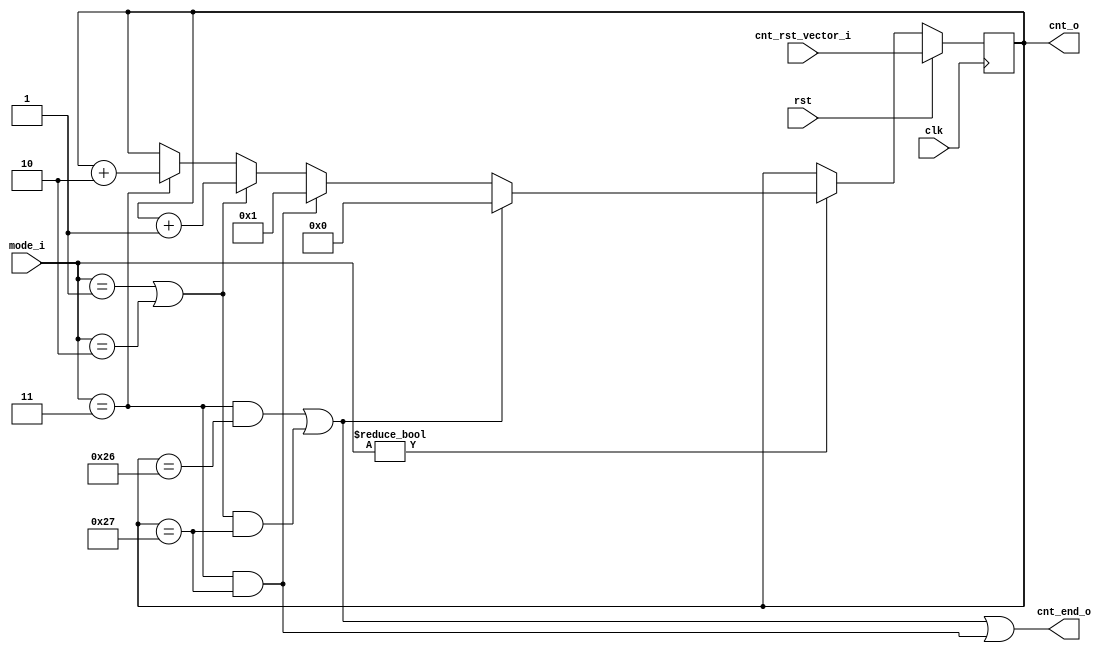
module configurable_2mode_counter#(
    parameter CNT_SIZE = 32 + 8,
    parameter CNT_SIZE_WIDTH = 6
) (
    input clk,
    input rst,
    input [1:0] mode_i,
    input [CNT_SIZE_WIDTH-1:0] cnt_rst_vector_i,
    output [CNT_SIZE_WIDTH-1:0] cnt_o,
    output cnt_end_o
);
reg [CNT_SIZE_WIDTH-1:0] cnt_r;
wire cnt_add_flag;
assign cnt_o = cnt_r;
wire cnt_overflow_end, cnt_precise_end;

always @(posedge clk) begin
    if (rst) begin
        cnt_r <= cnt_rst_vector_i;
    end else if (cnt_add_flag) begin
        if (cnt_precise_end) begin
            cnt_r <= 0;
        end else if (cnt_overflow_end) begin
            cnt_r <= 1;   
        end else if ((mode_i == 2'b01) | (mode_i == 2'b10)) begin
            cnt_r <= cnt_r + 1;
        end else if (mode_i == 2'b11) begin
            cnt_r <= cnt_r + 2;
        end
    end
end

assign cnt_add_flag = (mode_i != 2'b00);
/* verilator lint_off WIDTH */
assign cnt_precise_end = ((mode_i == 2'b11) & (cnt_r == CNT_SIZE - 2)) |
                            (((mode_i == 2'b01) | (mode_i == 2'b10)) & (cnt_r == CNT_SIZE - 1));
assign cnt_overflow_end = (mode_i == 2'b11) & (cnt_r == CNT_SIZE - 1);
assign cnt_end_o = cnt_precise_end | cnt_overflow_end;
/* verilator lint_on WIDTH */
endmodule